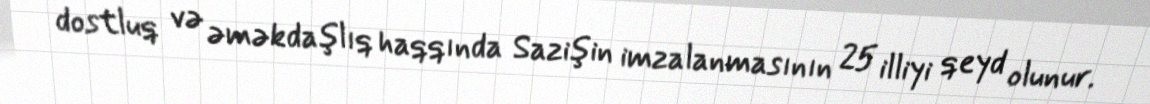
dostluq və əməkdaşlıq haqqında Sazişin imzalanmasının 25 illiyi qeyd olunur.